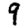
Digit: 9